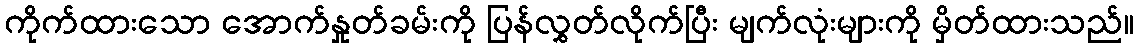
ကိုက်ထားသော အောက်နှုတ်ခမ်းကို ပြန်လွှတ်လိုက်ပြီး မျက်လုံးများကို မှိတ်ထားသည်။